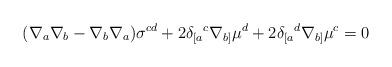
LaTeX: \begin{align*}(\nabla_a\nabla_b-\nabla_b\nabla_a)\sigma^{cd}+2\delta_{[a}{}^c\nabla_{b]}\mu^d+2\delta_{[a}{}^d\nabla_{b]}\mu^c=0\end{align*}